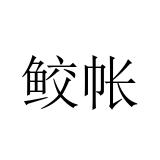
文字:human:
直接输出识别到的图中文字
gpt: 鲛帐